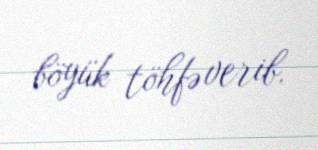
böyük töhfə verib.